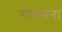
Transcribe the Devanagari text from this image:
सदस्यना